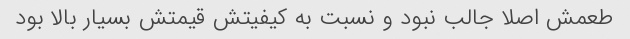
طعمش اصلا جالب نبود و نسبت به کیفیتش قیمتش بسیار بالا بود